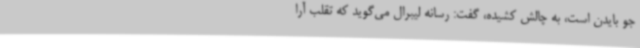
جو بایدن است، به چالش کشیده، گفت: رسانه لیبرال می‌گوید که تقلب آرا